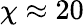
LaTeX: \chi\approx 20